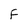
Character: F